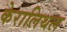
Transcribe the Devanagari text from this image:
केरालिथल